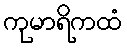
ကုမာရိကထံ